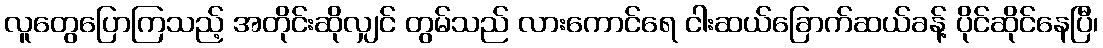
လူတွေပြောကြသည့် အတိုင်းဆိုလျှင် တွမ်သည် လားကောင်ရေ ငါးဆယ်ခြောက်ဆယ်ခန့် ပိုင်ဆိုင်နေပြီ၊